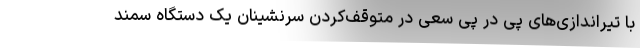
با تیراندازی‌های پی در پی سعی در متوقف‌کردن سرنشینان یک دستگاه سمند